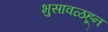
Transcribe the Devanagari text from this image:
भुसावळहून